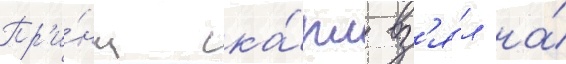
Пр'и́нц ка́рл вз'я́л на́